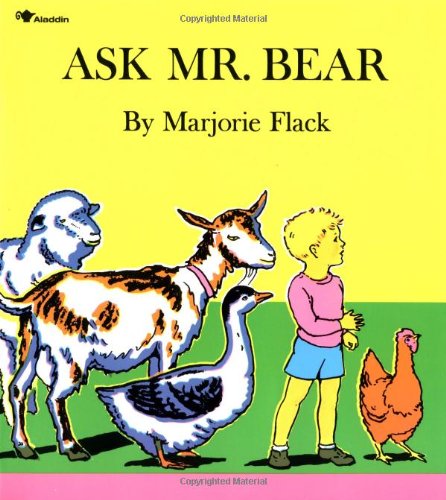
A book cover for Ask Mr. Bear; Marjorie Flack; Children's Books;